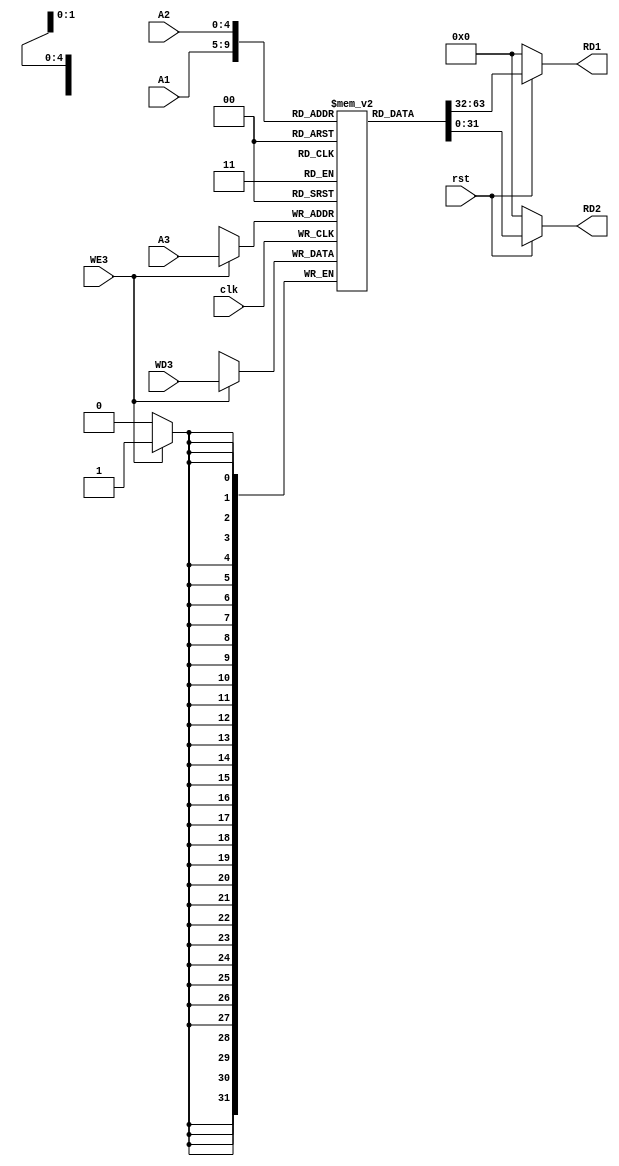
// This program was cloned from: https://github.com/theuppercaseguy/FYP--Risc-V-32-bit-Matrix-Mac
// License: GNU General Public License v3.0

`timescale 1ns / 1ps
//////////////////////////////////////////////////////////////////////////////////
// Company: 
// Engineer: 
// 
// Design Name: 
// Module Name: Register_File
// Project Name: 
// Target Devices: 
// Tool Versions: 
// Description: 
// 
// Dependencies: 
// 
// Revision:
// Revision 0.01 - File Created
// Additional Comments:
// 
//////////////////////////////////////////////////////////////////////////////////


module Register_File(
    input [4:0] A1,
    input [4:0] A2,
    input [4:0] A3,
    input [31:0] WD3,
    input clk,rst,WE3,
    
    output [31:0] RD1,
    output [31:0] RD2
    );
    
    //register file memory
    reg [31:0] Registers [31:0];//32 registers of 32 bits each
   
    
    //read functionality from the register file
    assign RD1 =  ( !rst ) ? 32'h00000000 : Registers[A1] ;
    assign RD2 =  ( !rst ) ? 32'h00000000 : Registers[A2] ;

    //write functionality
    always @(posedge clk)
    begin
        if(WE3)
        begin
            Registers[A3] <= WD3;
        
        end    
    end

    initial begin
         Registers[0] = 32'h00000000;// x0 is always zero
    
        //test-1
   //     Registers[9] = 32'h0000020;
        
        //test-3
        //Registers[6] = 32'h0000040;
        
        //test-4
 //       Registers[11] = 32'h0000028;
 //       Registers[12] = 32'h0000030;
        
        //test-5
        //Registers[5] = 32'h00000006;
        //Registers[6] = 32'h0000000A;
        
        //test-6
 //       Registers[5] = 32'h00000005;
 //       Registers[6] = 32'h00000004;
                
    end






endmodule